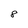
Character: 8